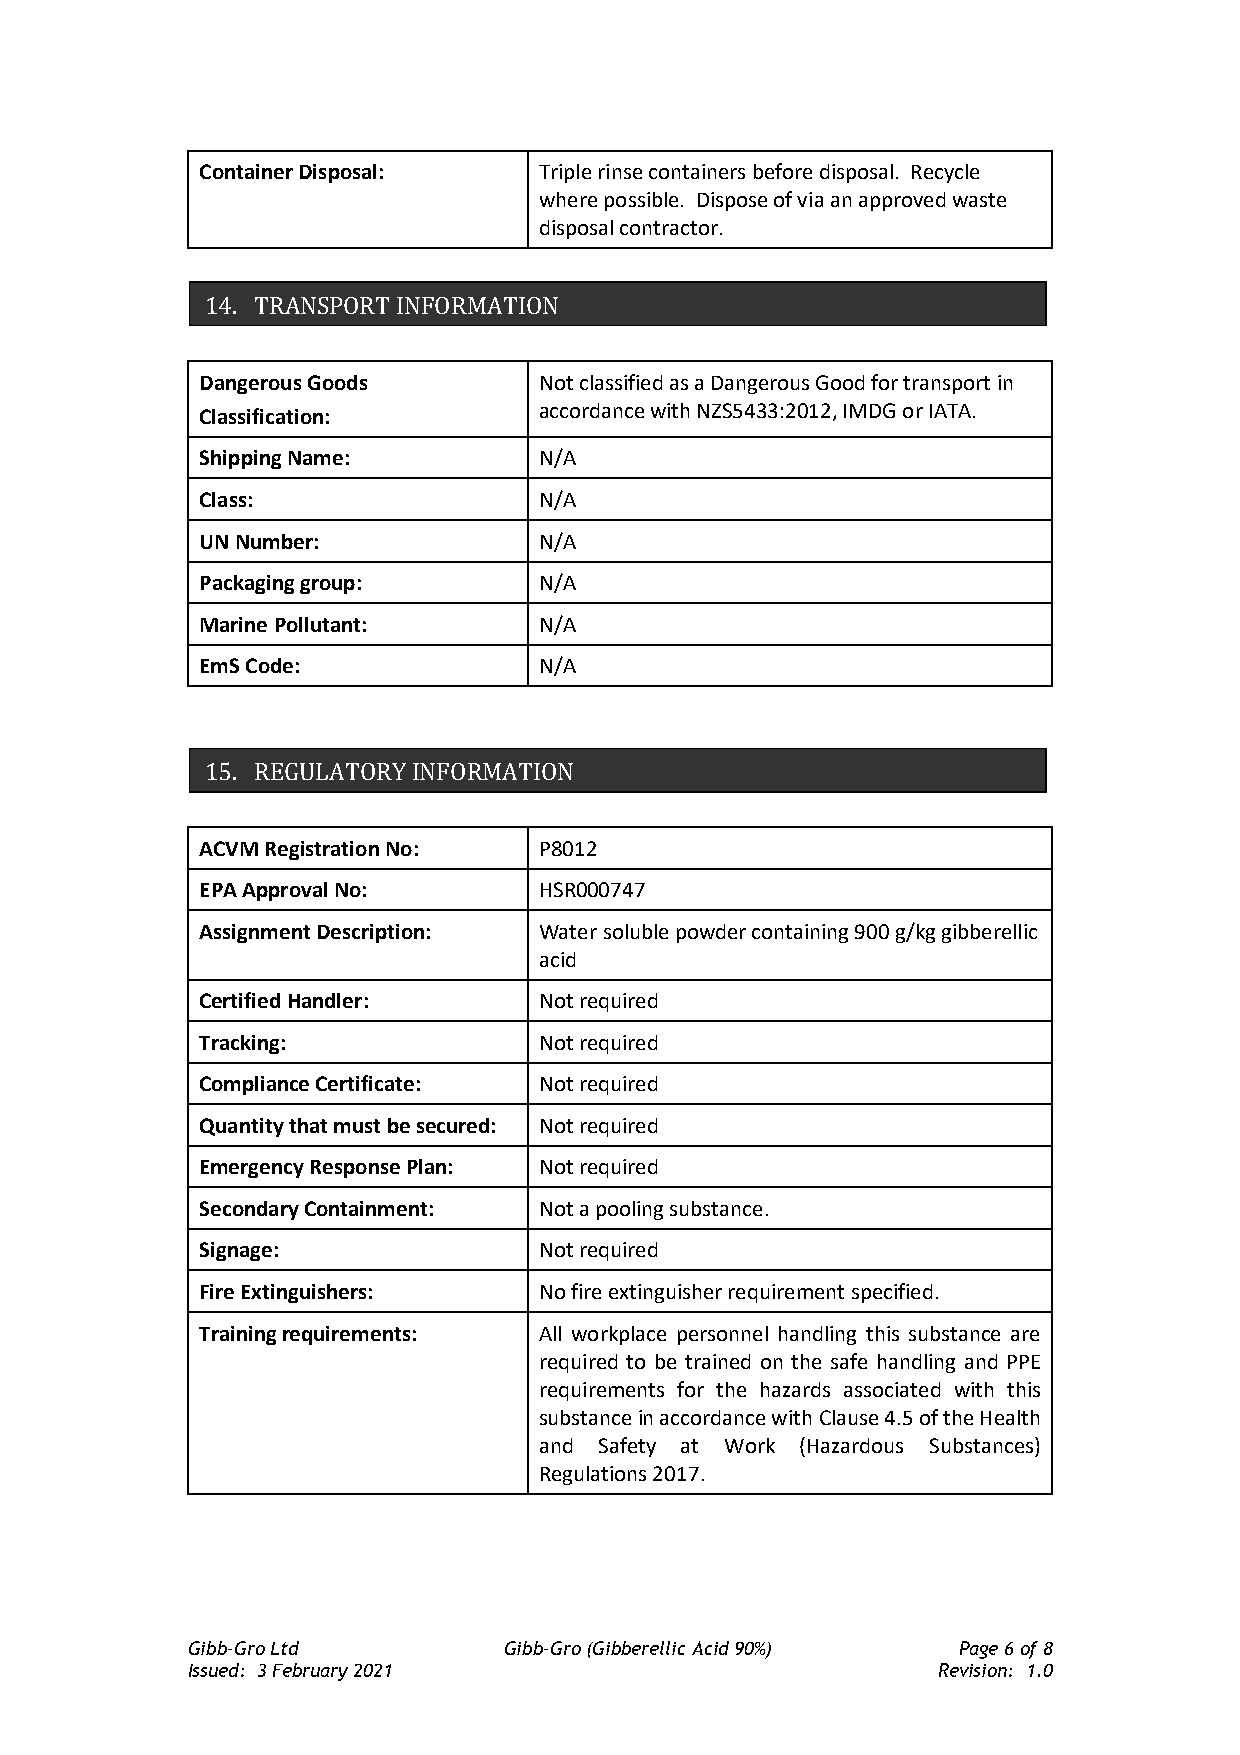
Container Disposal:    Triple rinse containers before disposal. Recycle
 where possible. Dispose of via an approved waste
 disposal contractor.
 14. TRANSPORT INFORMATION
 Dangerous Goods        Not classified as a Dangerous Good for transport in
 Classification:        accordance with NZS5433:2012, IMDG or IATA.
 Shipping Name:         N/A
 Class:                 N/A
 UN Number:             N/A
 Packaging group:       N/A
 Marine Pollutant:      N/A
 EmS Code:              N/A
 15. REGULATORY INFORMATION
 ACVM Registration No:  P8012
 EPA Approval No:       HSR000747
 Assignment Description: Water soluble powder containing 900 g/kg gibberellic
 acid
 Certified Handler:     Not required
 Tracking:              Not required
 Compliance Certificate: Not required
 Quantity that must be secured: Not required
 Emergency Response Plan: Not required
 Secondary Containment: Not a pooling substance.
 Signage:               Not required
 Fire Extinguishers:    No fire extinguisher requirement specified.
 Training requirements: All workplace personnel handling this substance are
 required to be trained on the safe handling and PPE
 requirements for the hazards associated with this
 substance in accordance with Clause 4.5 of the Health
 and Safety at Work (Hazardous Substances)
 Regulations 2017.
 Gibb-Gro Ltd         Gibb-Gro (Gibberellic Acid 90%) Page 6 of 8
 Issued: 3 February 2021                           Revision: 1.0